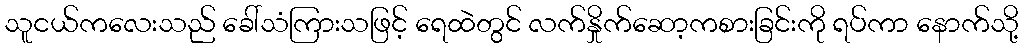
သူငယ်ကလေးသည် ခေါ်သံကြားသဖြင့် ရေထဲတွင် လက်နှိုက်ဆော့ကစားခြင်းကို ရပ်ကာ နောက်သို့